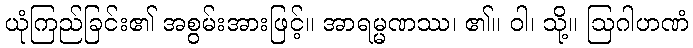
ယုံကြည်ခြင်း၏ အစွမ်းအားဖြင့်။ အာရမ္မဏဿ၊ ၏။ ဝါ၊ သို့။ ဩဂါဟဏံ